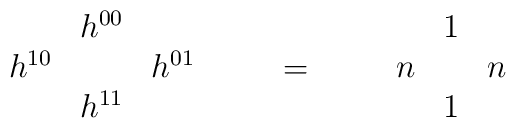
\begin{array}{ccc} &h^{00}&\\ h^{10}&&h^{01} \\ &h^{11}& \end{array}\qquad =\qquad\begin{array}{ccc} &1&\\ n&&n \\  &1& \end{array}